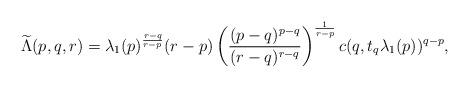
LaTeX: \begin{align*} \widetilde{\Lambda}(p,q,r) = \lambda_1(p)^{\frac{r-q}{r-p}} (r-p) \left(\frac{(p-q)^{p-q}}{(r-q)^{r-q}} \right)^{\frac{1}{r-p}} c(q,t_q\lambda_1(p))^{q-p}, \end{align*}